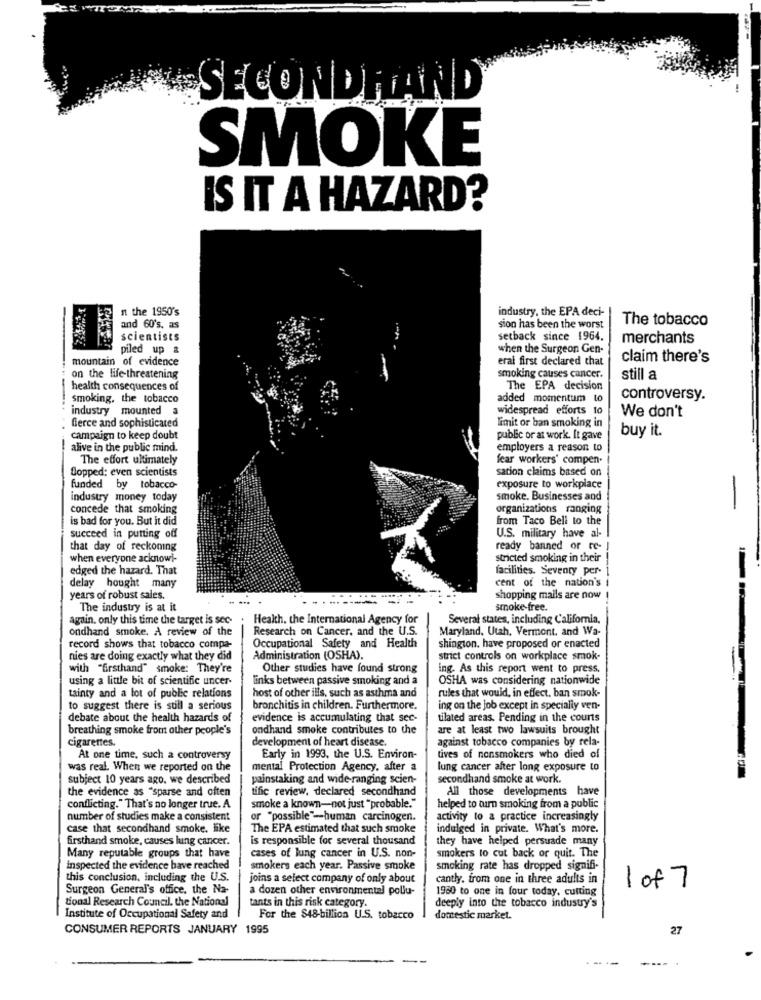
SECONDHAND
SMOKE
IS IT A HAZARD?
n the 1950's
industry, the EPA deci-
The tobacco
and 60's, as
sion has been the worst
scientists
setback since 1964.
merchants
piled up &
when the Surgeon Gen-
mountain of evidence
eral first declared that
claim there's
...
on the life-threatening
smoking causes cancer.
still a
health consequences of
The EPA decision
smoking, the tobacco
added momentum to
controversy.
industry mounted
widespread efforts to
We don't
fierce and sophisticated
limit or ban smoking in
buy it.
campaign to keep doubt
public or at work. It gave
alive in the public mind.
employers a reason to
The effort ultimately
fear workers' compen.
flopped: even scientists
sation claims based on
funded by tobacco-
exposure to workplace
industry money today
smoke. Businesses and
concede that smoking
organizations ranging
-
is bad for you. But it did
from Taco Bell to the
succeed in putting off
U.S. military have al-
that day of reckoning
ready banned or re-
when everyone acknowi-
stricted smoking in their
edged the hazard. That
facilities. Seventy per-
delay hought many
cent of the nation's i
years of robust sales.
shopping mails are now
The industry is at it
smoke free.
again. only this time the target is see-
Health. the International Agency for
Several states, including California.
ondhand smoke. A review of the
Research on Cancer, and the U.S.
Maryland, Utah, Vermont, and Wa-
record shows that tobacco compa-
Occupational Safety and Health
shington, have proposed or enacted
nies are doing exactly what they did
Administration (OSHA).
strict controls on workplace smok-
with "firsthand" smoke: They're
Other studies have found strong
ing. As this report went to press.
using a little bit of scientific uncer-
links between passive smoking and a
OSHA was considering nationwide
tainty and a lot of public relations
host of other ills, such as asthma and
rules that would, in effect, ban smok-
to suggest there is sull a serious
bronchitis in children. Furthermore.
ing on the job except in specially ven-
debate about the health hazards of
evidence is accumulating that sec-
tilated areas. Pending in the courts
breathing smoke from other people's
ondhand smoke contributes to the
are at least two lawsuits brought
cigarettes.
development of heart disease.
against tobacco companies by rela-
At one time, such a controversy
Early in 1993, the U.S. Environ-
tives of nonsmokers who died of
was real. When we reported on the
mental Protection Agency, after a
lung cancer after long exposure to
subject 10 years ago. we described
painstaking and wide -ranging scien-
secondhand smoke at work.
the evidence as "sparse and often
tific review, declared secondhand
All those developments have
conflicting." That's no longer true. A
smoke a known-not just "probable."
helped to turn smoking from a public
number of studies make a consistent
or "possible"-human carcinogen.
activity to a practice increasingly
case that secondhand smoke. like
The EPA estimated that such smoke
indulged in private. What's more.
firsthand smoke, causes lung cancer.
is responsible for several thousand
they have helped persuade many
Many reputable groups that have
cases of lung cancer in U.S. non-
smokers to cut back or quit. The
inspected the evidence have reached
smokers each year. Passive smoke
smoking rate has dropped signifi-
this conclusion, including the U.S.
joins a select company of only about
cantly. from one in three adults in
Surgeon General's office, the Na-
a dozen other environmental pollu-
1960 to one in four today, cutting
1 of 7
tional Research Council. the National
tants in this risk category.
deeply into the tobacco indusuy's
Institute of Occupational Safety and
For the $48-billion U.S. tobacco
domestic market.
CONSUMER REPORTS JANUARY 1995
27
--